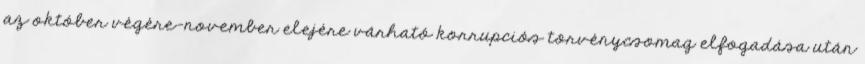
az október végére-november elejére várható korrupciós törvénycsomag elfogadása után